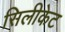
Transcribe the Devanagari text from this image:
सिलीकेट